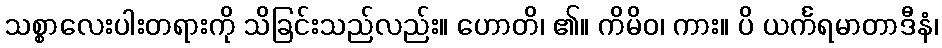
သစ္စာလေးပါးတရားကို သိခြင်းသည်လည်း။ ဟောတိ၊ ၏။ ကိမိဝ၊ ကား။ ပိ ယင်္ကရမာတာဒီနံ၊